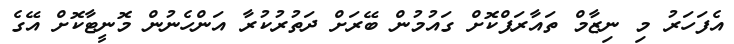
އެފަހަރު މި ނިޒާމް ތައާރަފްކޮށް ގައުމުން ބޭރަށް ދަތުރުކުރާ އަންހެނުން މޮނީޓާކޮށް އޭގެ